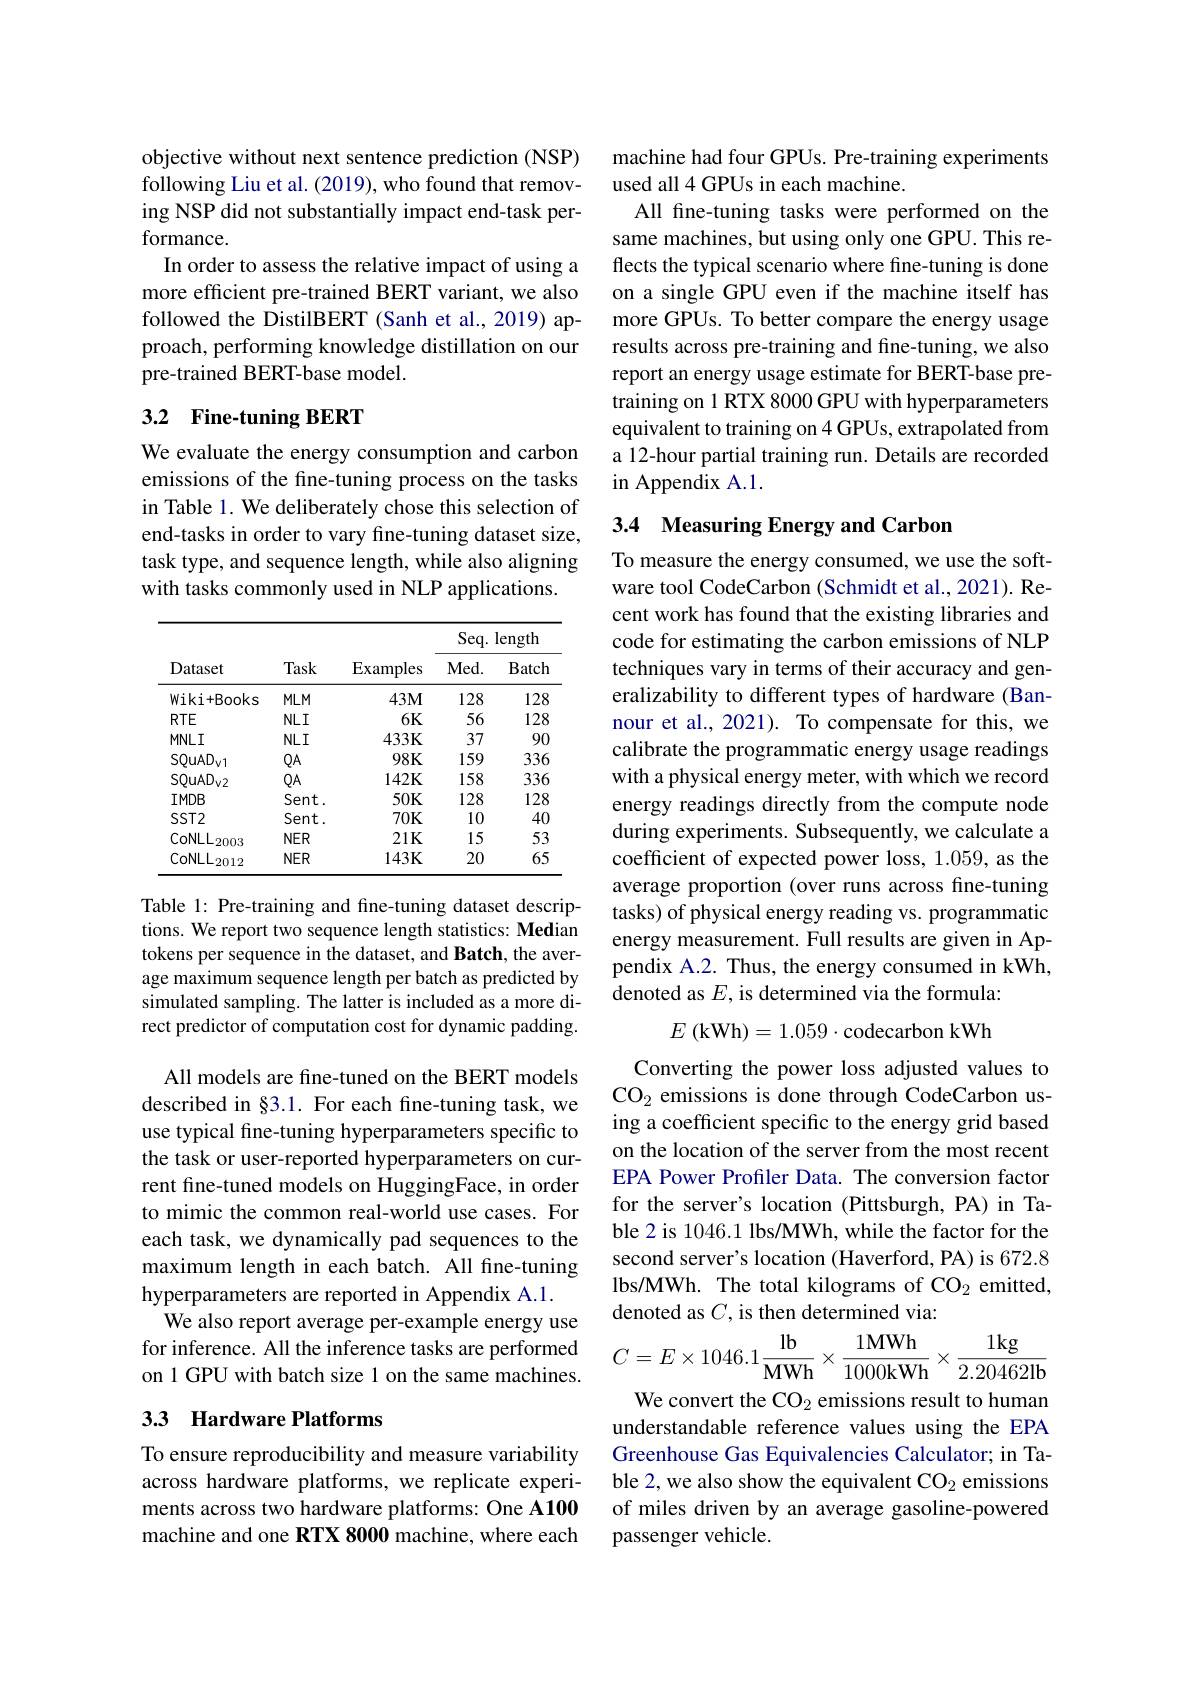
objective without next sentence prediction (NSP) following Liu et al. (2019), who found that removing NSP did not substantially impact end-task performance.
In order to assess the relative impact of using a more efficient pre-trained BERT variant, we also followed the DistilBERT (Sanh et al., 2019) approach, performing knowledge distillation on our pre-trained BERT-base model.

## 3.2 Fine-tuning BERT

We evaluate the energy consumption and carbon emissions of the fine-tuning process on the tasks in Table 1. We deliberately chose this selection of end-tasks in order to vary fine-tuning dataset size, task type, and sequence length, while also aligning with tasks commonly used in NLP applications.

<table>
	<tbody>
		<tr>
			<th rowspan="2">Dataset</th>
			<th rowspan="2">Task</th>
			<th rowspan="2">$\operatorname{Examples}$</th>
			<th colspan="2">Seq. length</th>
		</tr>
		<tr>
			<th>Med. </th>
			<th>Batch</th>
		</tr>
		<tr>
			<td>Wiki+ Books</td>
			<td>$MLM$</td>
			<td>$43M$</td>
			<td>128</td>
			<td>128</td>
		</tr>
		<tr>
			<td>$RTE$</td>
			<td>$NLI$</td>
			<td>$6K$</td>
			<td>56</td>
			<td>128</td>
		</tr>
		<tr>
			<td>$MNLI$</td>
			<td>$NLI$</td>
			<td>$433K$</td>
			<td>37</td>
			<td>90</td>
		</tr>
		<tr>
			<td>$SQuAD_{V}$</td>
			<td>$QA$</td>
			<td>$98K$</td>
			<td>159</td>
			<td>336</td>
		</tr>
		<tr>
			<td>$SQuAD_{\mathrm{v2}}$</td>
			<td>$QA$</td>
			<td>$142K$</td>
			<td>158</td>
			<td>336</td>
		</tr>
		<tr>
			<td>$IMDB$</td>
			<td>$Sent.$</td>
			<td>$50K$</td>
			<td>128</td>
			<td>128</td>
		</tr>
		<tr>
			<td>$SST2$</td>
			<td>$Sent.$</td>
			<td>$70K$</td>
			<td>10</td>
			<td>40</td>
		</tr>
		<tr>
			<td>$\mathrm{CoNLL}_{2003}$</td>
			<td>$NER$</td>
			<td>$21K$</td>
			<td>15</td>
			<td>53</td>
		</tr>
		<tr>
			<td>$\mathrm{CoNLL}_{2012}$</td>
			<td>$NER$</td>
			<td>$143K$</td>
			<td>20</td>
			<td>65</td>
		</tr>
	</tbody>
</table>

Table 1: Pre-training and fine-tuning dataset descriptions. We report two sequence length statistics: Median tokens per sequence in the dataset, and Batch, the average maximum sequence length per batch as predicted by simulated sampling. The latter is included as a more direct predictor of computation cost for dynamic padding.

All models are fine-tuned on the BERT models described in §3.1. For each fine-tuning task, we use typical fine-tuning hyperparameters specific to the task or user-reported hyperparameters on current fine-tuned models on HuggingFace, in order to mimic the common real-world use cases. For each task, we dynamically pad sequences to the maximum length in each batch. All fine-tuning hyperparameters are reported in Appendix A.1.
We also report average per-example energy use for inference. All the inference tasks are performed on 1 GPU with batch size l on the same machines.

## 33 Hardware Platforms

To ensure reproducibility and measure variability across hardware platforms, we replicate experiments across two hardware platforms: One A100 machine and one RTX 8000 machine, where each

machine had four GPUs. Pre-training experiments
used all 4 GPUs in each machine.
All fine-tuning tasks were performed on the same machines, but using only one GPU. This reflects the typical scenario where fine-tuning is done on a single GPU even if the machine itself has more GPUs. To better compare the energy usage results across pre-training and fine-tuning, we also report an energy usage estimate for BERT-base pretraining on 1 RTX 8000 GPU with hyperparameters equivalent to training on 4 GPUs, extrapolated from a 12-hour partial training run. Details are recorded in Appendix A.1.

# 3.4 Measuring Energy and Carbon

To measure the energy consumed, we use the software tool CodeCarbon (Schmidt et al., 2021). Recent work has found that the existing libraries and code for estimating the carbon emissions of NLP techniques vary in terms of their accuracy and generalizability to different types of hardware (Bannour et al., 2021). To compensate for this, we calibrate the programmatic energy usage readings with a physical energy meter, with which we record energy readings directly from the compute node during experiments. Subsequently, we calculate a coefficient of expected power loss, 1.059, as the average proportion (over runs across fine-tuning tasks) of physical energy reading vs. programmatic energy measurement. Full results are given in Appendix A.2. Thus, the energy consumed in kWh, denoted as $E$, is determined via the formula:
$$E\text{(kWh)}=1.059\cdot\text{codecarbon kWh}$$
Converting the power loss adjusted values to CO_2 emissions is done through CodeCarbon using a coefficient specific to the energy grid based on the location of the server from the most recent EPA Power Profiler Data. The conversion factor for the server's location (Pittsburgh, PA) in Table 2 is 1046.1 lbs/MWh, while the factor for the second server's location (Haverford, PA) is 672.8 lbs/MWh. The total kilograms of CO2 emitted, denoted as $C$, is then determined via:

We convert the CO$_{2}$ emissions result to human

understandable reference values using the EPA Greenhouse Gas Equivalencies Calculator; in Table 2, we also show the equivalent CO$_{2}$ emissions of miles driven by an average gasoline-powered passenger vehicle.